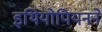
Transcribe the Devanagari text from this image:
इथियोपियनने